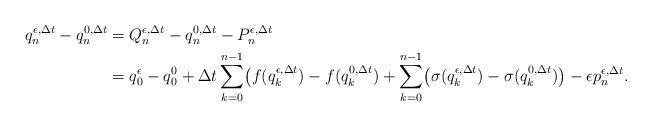
LaTeX: \begin{align*}q_n^{\epsilon,\Delta t}-q_n^{0,\Delta t}&=Q_n^{\epsilon,\Delta t}-q_n^{0,\Delta t}-P_n^{\epsilon,\Delta t}\\&=q_0^\epsilon-q_0^0+\Delta t\sum_{k=0}^{n-1}\bigl(f(q_k^{\epsilon,\Delta t})-f(q_k^{0,\Delta t})+\sum_{k=0}^{n-1}\bigl(\sigma(q_k^{\epsilon,\Delta t})-\sigma(q_k^{0,\Delta t})\bigr)-\epsilon p_n^{\epsilon,\Delta t}.\end{align*}